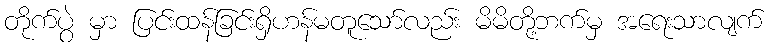
တိုက်ပွဲ မှာ ပြင်းထန်ခြင်းရှိဟန်မတူသော်လည်း မိမိတို့ဘက်မှ အရေးသာလျက်